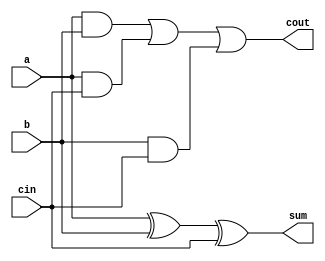
module carry_detect_adder (
  input wire a,
  input wire b,
  input wire cin,
  output reg sum,
  output reg cout
);

always @(*) begin
  sum = a ^ b ^ cin;
  cout = (a & b) | (a & cin) | (b & cin);
end

endmodule